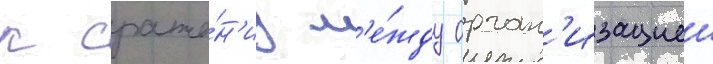
к сраже́н'иу м'е́жду орган'изациеи